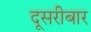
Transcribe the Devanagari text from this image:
दूसरीबार